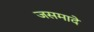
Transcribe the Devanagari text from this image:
जसमादे